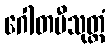
ဂေါတမီသုတ္တံ